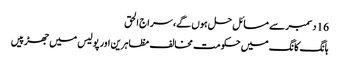
16 دسمبر سے مسائل حل ہوں گے، سراج الحق
ہانگ کانگ میں حکومت مخالف مظاہرین اور پولیس میں جھڑپیں